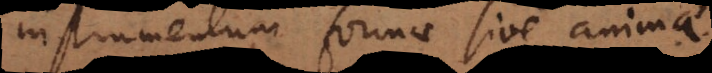
instrumentum formae sive anima